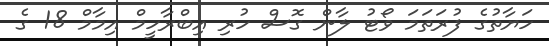
ހަޔާތުގެ ފުރަތަމަ ވޯޓު ލާން ގޮސް ހުރި އިބްރާހީމް އިމާމް 18 ގެ